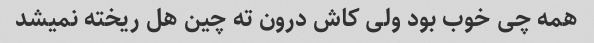
همه چی خوب بود ولی کاش درون ته چین هل ریخته نمیشد